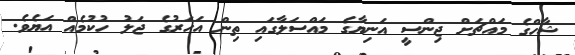
ޝާހްގެ މައްޗަށް ޖިންސީ އަނިޔާގެ މައްސަލާގައި ތިން އަހަރުގެ ޖަލު ހުކުމެއް އަޔެވެ.